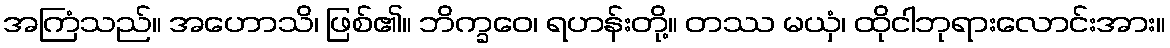
အကြံသည်။ အဟောသိ၊ ဖြစ်၏။ ဘိက္ခဝေ၊ ရဟန်းတို့။ တဿ မယှံ၊ ထိုငါဘုရားလောင်းအား။